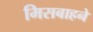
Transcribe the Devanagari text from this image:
मिसबाहने